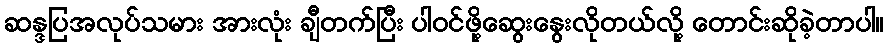
ဆန္ဒပြအလုပ်သမား အားလုံး ချီတက်ပြီး ပါဝင်ဖို့ဆွေးနွေးလိုတယ်လို့ တောင်းဆိုခဲ့တာပါ။